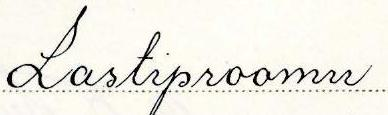
Lastiproomu